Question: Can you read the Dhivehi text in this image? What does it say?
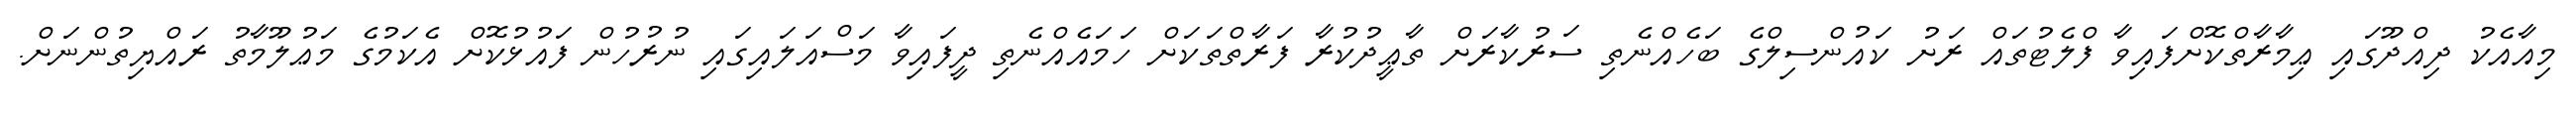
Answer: މިއާއެކު ދިއްދޫގައި ޢިމާރާތްކޮށްފައިވާ ފްލެޓުތައް ރަށު ކައުންސިލްގެ ބަހެއްނެތި ސަރުކާރަށް ތާޢީދުކުރާ ފަރާތްތަކަށް ހަމައެއްނެތި ދީފައިވާ މަސްއަލައިގައި ނުރުހުން ފައުޅުކޮށް އެކަމުގެ މަޢުލޫމާތު ރައްޔިތުންނަށް.